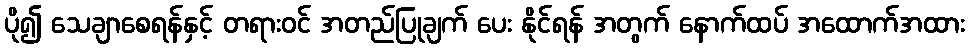
ပို၍ သေချာစေရန်နှင့် တရားဝင် အတည်ပြုချက် ပေး နိုင်ရန် အတွက် နောက်ထပ် အထောက်အထား